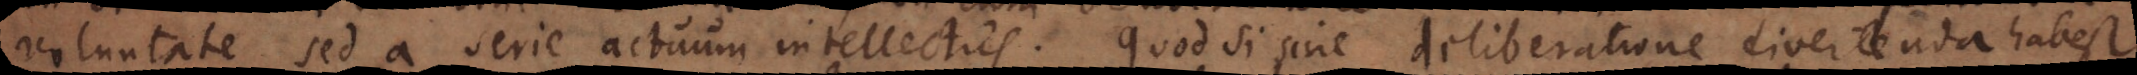
voluntate sed a serie actuum intellectus. Quod si sine deliberatione divertenda est,